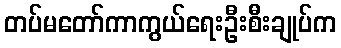
တပ်မတော်ကာကွယ်ရေးဦးစီးချုပ်က